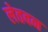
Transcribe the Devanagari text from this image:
लेतवन